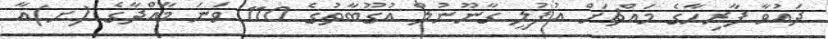
ދައުވާ ފާރިހާގެ މައްޗަށް އުފުލީ ގާނޫނުލް އުގޫބާތުގެ 110 ވަނަ މާއްދާގެ (ށ)އާ